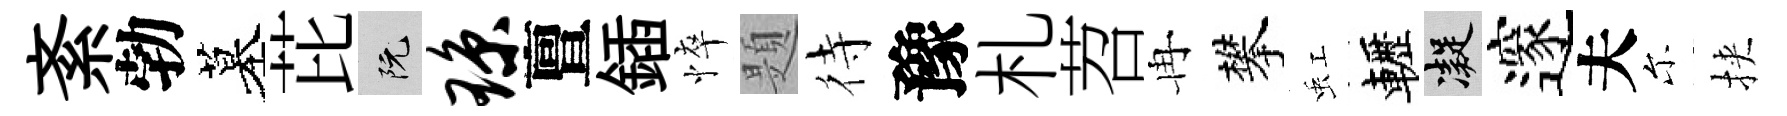
紊勃墓芘阮琼亶鍤悴題待豫札苕冉攀虹轣凝邃夫尓挾